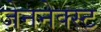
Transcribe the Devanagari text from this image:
जेननेक्स्ट